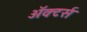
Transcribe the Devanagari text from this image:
ॲक्टर्स